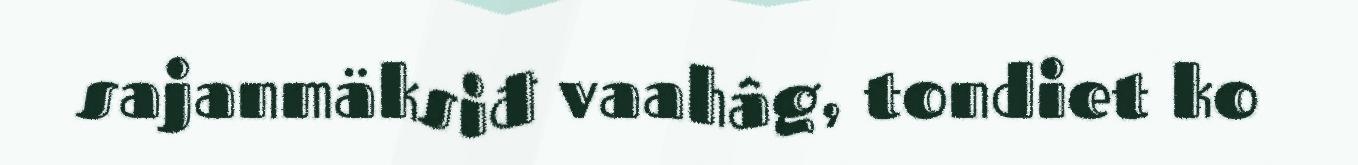
sajanmäksiđ vaahâg, tondiet ko